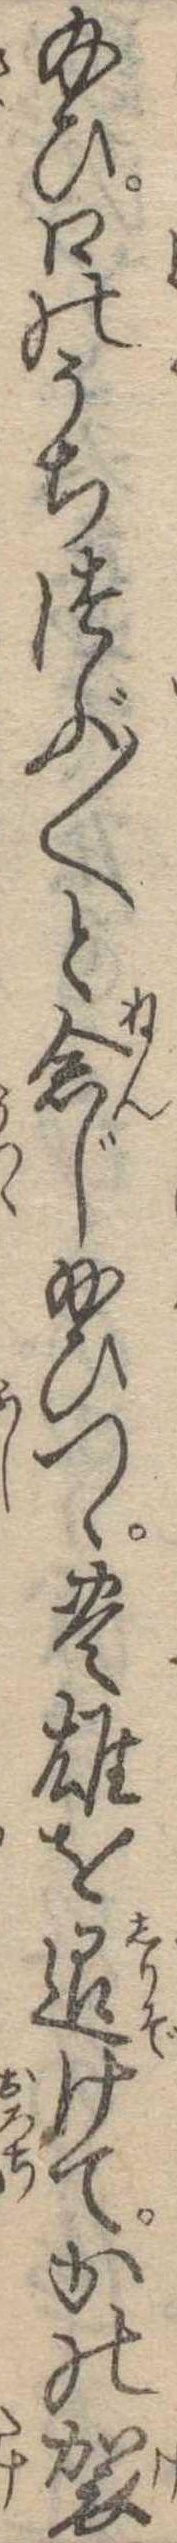
給ひ口のうちつぶ〱と念じ給ひつゝ豊雄を退けてかの袈